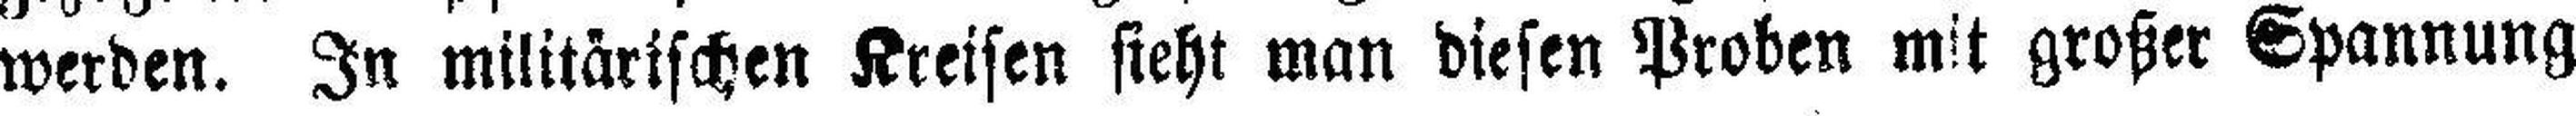
werden. In militärischen Kreisen sieht man diesen Proben mit großer Spannung